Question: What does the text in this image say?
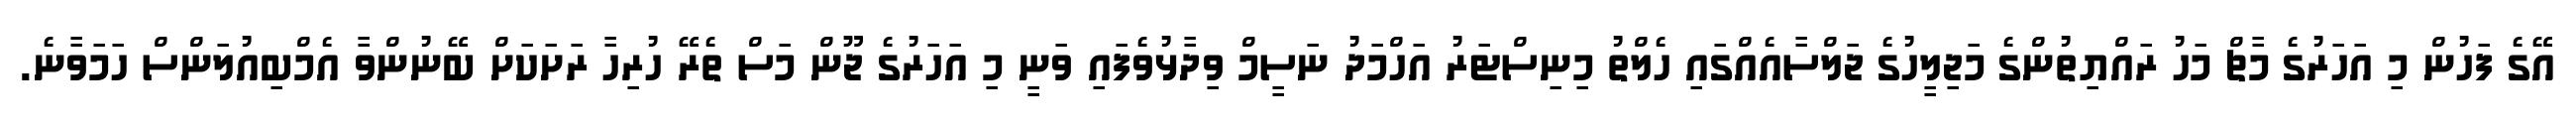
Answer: އޭގެ ފަހުން މި އަހަރުގެ މާޗް މަހު ރައްޔިތުންގެ މަޖިލީހުގެ ޖަލްސާއެއްގައި ހެލްތު މިނިސްޓަރު އަހްމަދު ނަސީމް ވިދާޅުވެފައި ވަނީ މި އަހަރުގެ ޖޫން މަސް ތެރޭ ހުރިހާ ރަށަކަށް ބޭނުންވާ އެމްބިއުލަންސް ހަމަވާނެ.